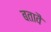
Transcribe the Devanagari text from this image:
बतावै